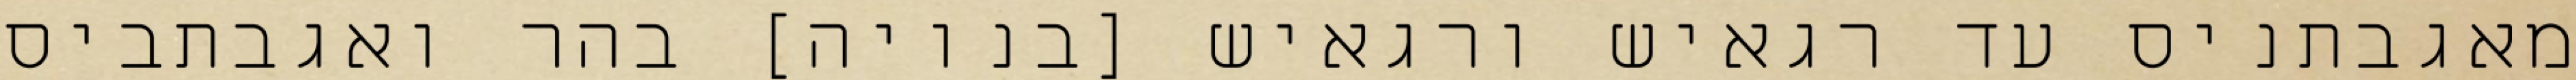
מאגבתניס עד רגאיש ורגאיש [בנויה] בהר ואגבתביס